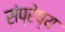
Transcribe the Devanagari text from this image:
संप्रेष्य